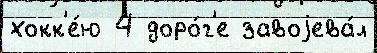
хокк'е́ю 4 доро́г'е завоjева́л